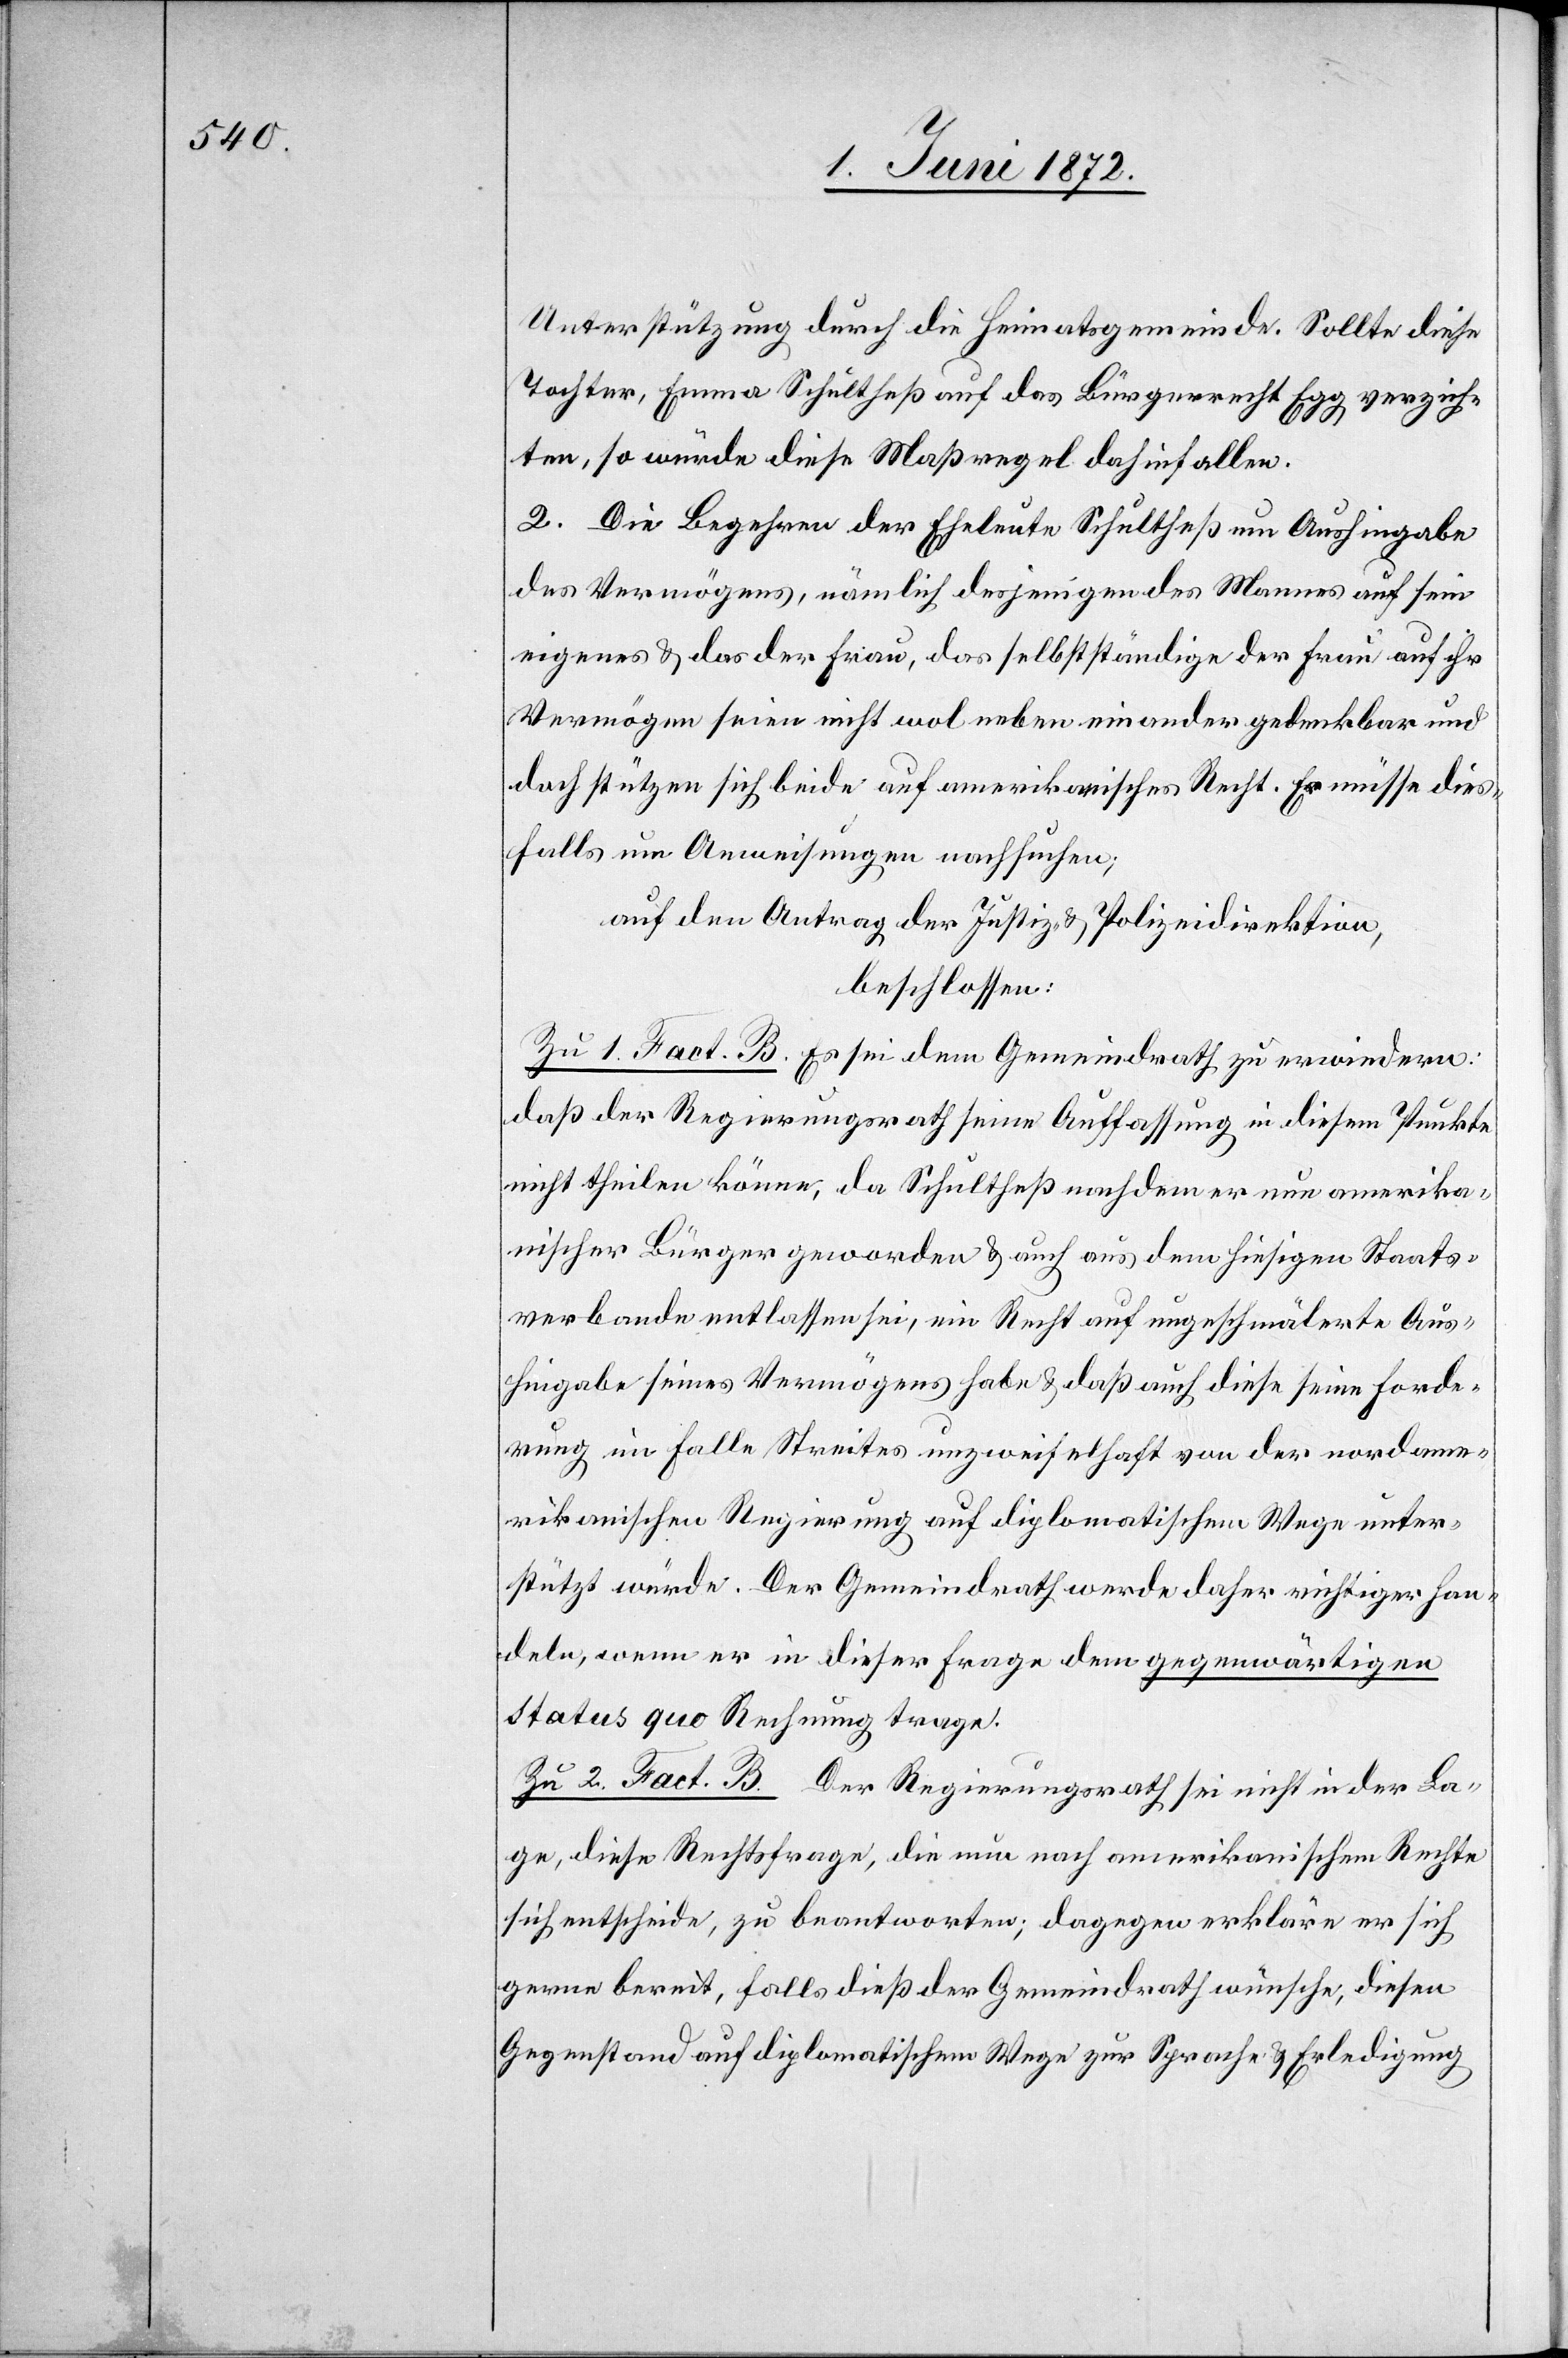
Unterstützung durch die Heimatsgemeinde. Sollte diese
Tochter, Emma Schultheß auf das Bürgerrecht Egg verzich¬
ten, so würde diese Maßregel dahinfallen.
2. Die Begehren der Eheleute Schultheß um Aushingabe
des Vermögens, nämlich desjenigen des Mannes auf sein
eigenes u. das der Frau, das selbstständige der Frau auf ihr
Vermögen [sic!] seien nicht wol neben einander gedenkbar und
doch stützen sich beide auf amerikanisches Recht. Er müsse dies¬
falls um Anweisungen nachsuchen;
auf den Antrag der Justiz- u. Polizeidirektion,
beschlossen:
Zu 1. Fact. B. Es sei dem Gemeindrath zu erwiedern:
daß der Regierungsrath seine Auffassung in diesem Punkte
nicht theilen könne, da Schultheß nachdem er nun amerika¬
nischer Bürger geworden u. auch aus dem hiesigen Staats¬
verbande entlassen sei, ein Recht auf ungeschmälerte Aus¬
hingabe seines Vermögens habe u. daß auch diese seine Forde¬
rung im Falle Streites unzweifelhaft von der nordame¬
rikanischen Regierung auf diplomatischem Wege unter¬
stützt würde. Der Gemeindrath werde daher richtiger han¬
deln, wenn er in dieser Frage dem gegenwärtigen
Status quo Rechnung trage.
Zu 2. Fact. B. Der Regierungsrath sei nicht in der La¬
ge, diese Rechtsfrage, die nun nach amerikanischem Rechte
sich entscheide, zu beantworten; dagegen erkläre er sich
gerne bereit, falls dieß der Gemeindrath wünsche, diesen
Gegenstand auf diplomatischem Wege zur Sprache u. Erledigung